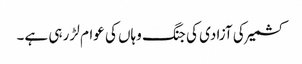
کشمیر کی آزادی کی جنگ وہاں کی عوام لڑ رہی ہے۔